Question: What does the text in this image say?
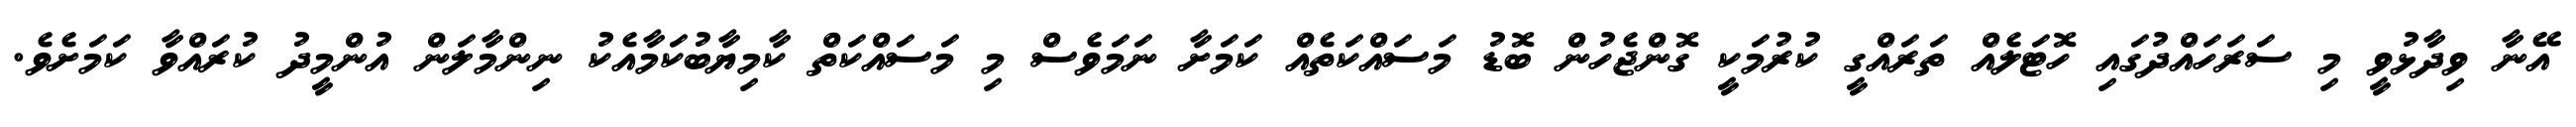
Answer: އޭނާ ވިދާޅުވީ މި ސަރަހައްދުގައި ހޮޓަލެއް ތަރައްގީ ކުރުމަކީ ގޮންޖެހުން ބޮޑު މަސައްކަތެއް ކަމަށާ ނަމަވެސް މި މަސައްކަތް ކާމިޔާބުކަމާއެކު ނިންމާލަން އުންމީދު ކުރައްވާ ކަމަށެވެ.